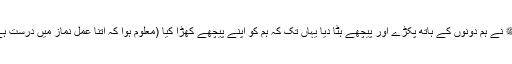
آپﷺ نے ہم دونوں کے ہاتھ پکڑے اور پیچھے ہٹا دیا یہاں تک کہ ہم کو اپنے پیچھے کھڑا کیا (معلوم ہوا کہ اتنا عمل نماز میں درست ہے )۔